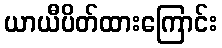
ယာယီပိတ်ထားကြောင်း